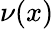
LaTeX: \nu(x)